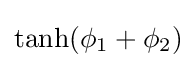
\tanh(\phi _{1}+\phi _{2})